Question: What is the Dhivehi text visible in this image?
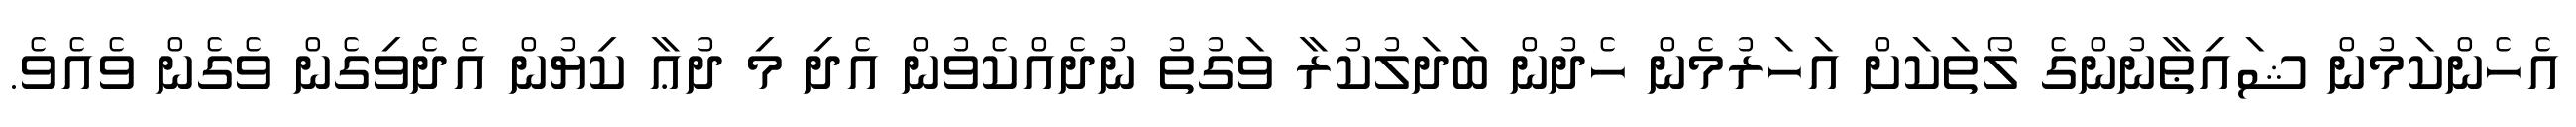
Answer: އެހެންކަމުން ޝައިޠާނުންގެ ލޯތަކަށް އަހަރުމެން ހެދުން ބަދަލުކުރާ ވަގުތު ނުދެއްކެވުން އެދި މި ދުޢާ ކިޔުން އެދެވިގެން ވެގެން ވެއެވެ.